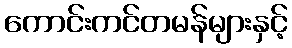
ကောင်းကင်တမန်များနှင့်